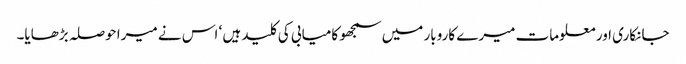
جانکاری اور معلومات میرے کاروبار میں سمجھو کامیابی کی کلید ہیں ‘ اس نے میرا حوصلہ بڑھایا۔